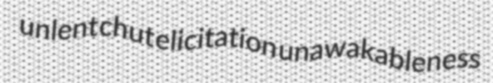
unlent chut elicitation unawakableness